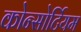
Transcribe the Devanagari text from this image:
कोन्सोर्टियम